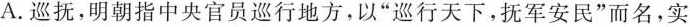
A.巡抚，明朝指中央官员巡行地方，以”巡行天下，抚军安民”而名，实